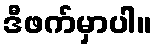
ဒီဖက်မှာပါ။